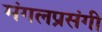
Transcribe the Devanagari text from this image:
मंगलप्रसंगी